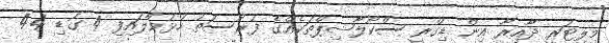
މިލިޓަރީ ދާއިރާ އިން ޑިގްރީ ސްކޯލާޝިޕްތަކެއްގެ ފުރުސަތު ހުޅުވާލައިފި 4 ގަޑި 44